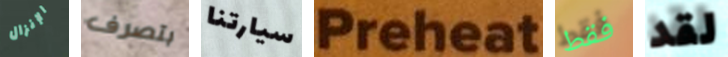
الإنزال بتصرف سيارتنا Preheat فقط لقد